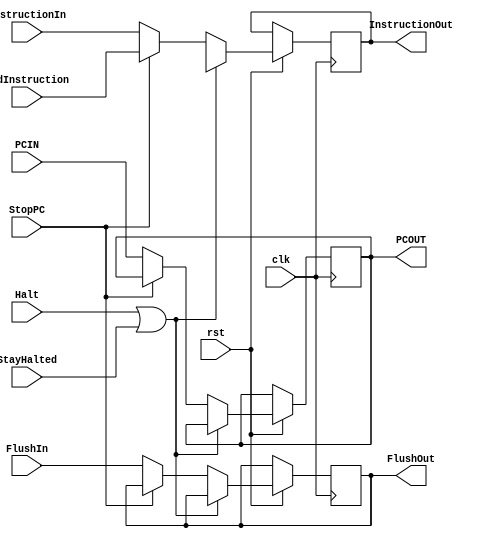
module IFID(input [15:0]PCIN, InstructionIn, OldInstruction,
			input clk, rst, FlushIn, Halt, StopPC, StayHalted,
			output reg FlushOut,
			output reg [15:0] PCOUT, InstructionOut);
						   
always @(posedge clk, negedge rst)
begin
	
	if(!rst)
	begin

	end
	else if(Halt||StayHalted)
	begin
		InstructionOut<=16'hxxxx;
	end
	else
	if(StopPC)
	begin
	InstructionOut<=OldInstruction;
	end
	else
	begin
		InstructionOut<=InstructionIn;
		PCOUT <= PCIN;
		FlushOut <=FlushIn;
	end
end
endmodule